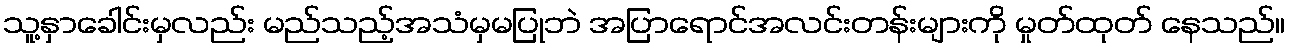
သူ့နှာခေါင်းမှလည်း မည်သည့်အသံမှမပြုဘဲ အပြာရောင်အလင်းတန်းများကို မှုတ်ထုတ် နေသည်။